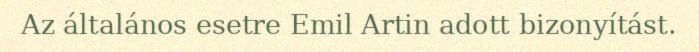
Az általános esetre Emil Artin adott bizonyítást.